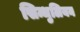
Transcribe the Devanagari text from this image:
सिन्धुलियन